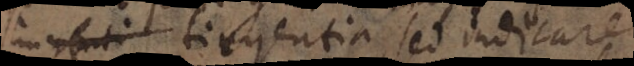
mytuti tiegentia sed indicare